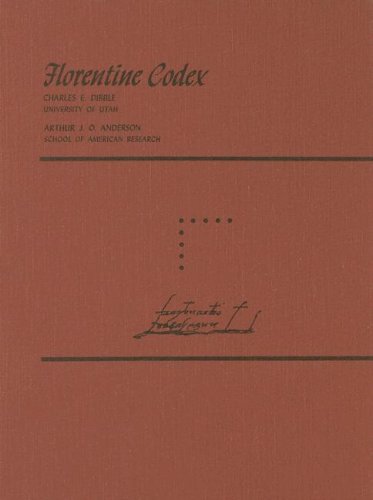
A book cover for Florentine Codex: Book 9: Book 9: The Merchants; Bernardino de Sahagun; History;